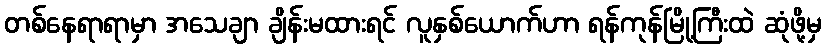
တစ်နေရာရာမှာ အသေချာ ချိန်းမထားရင် လူနှစ်ယောက်ဟာ ရန်ကုန်မြို့ကြီးထဲ ဆုံဖို့မှ